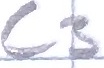
Text: C3